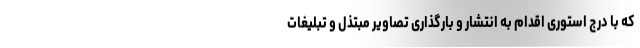
که با درج استوری اقدام به انتشار و بارگذاری تصاویر مبتذل و تبلیغات